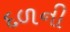
દળની